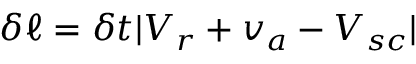
\delta \ell = \delta t | V _ { r } + v _ { a } - V _ { s c } |